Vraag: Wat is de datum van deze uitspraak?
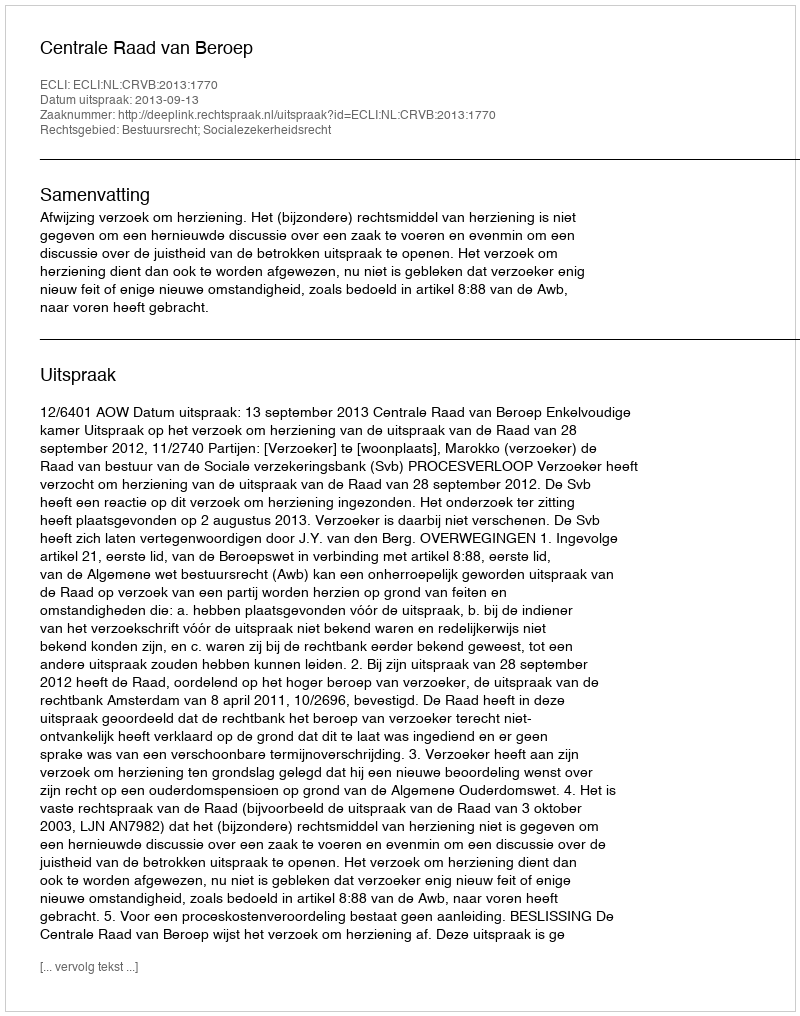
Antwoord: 2013-09-13